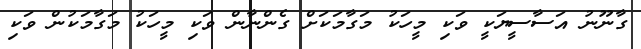
ގާނޫނު އަސާސީޔަކީ ވަކި މީހަކު މަގާމަކަށް ގެންނާން ވަކި މީހަކު މަގާމަކުން ވަކި